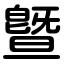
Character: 曁